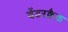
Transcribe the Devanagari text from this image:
वेंडरक्वैक